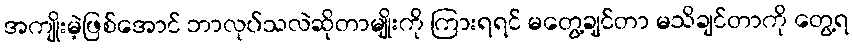
အကျိုးမဲ့ဖြစ်အောင် ဘာလုပ်သလဲဆိုတာမျိုးကို ကြားရရင် မတွေ့ချင်တာ မသိချင်တာကို တွေ့ရ